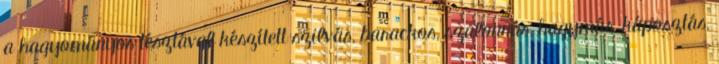
a hagyományos tésztával készített szilvás, barackos, szalonnás, hagymás, káposztás,